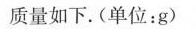
质量如下。(单位：g)